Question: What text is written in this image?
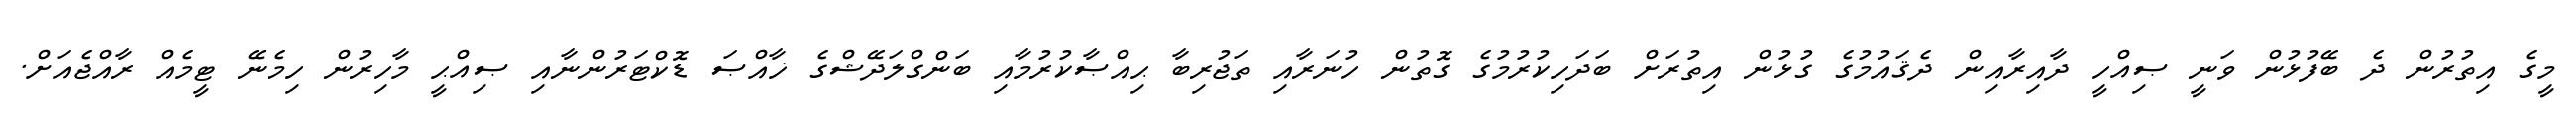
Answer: މީގެ އިތުރުން ދެ ބޭފުޅުން ވަނީ ޞިއްހީ ދާއިރާއިން ދެޤައުމުގެ ގުޅުން އިތުރަށް ބަދަހިކުރުމުގެ ގޮތުން ހުނަރާއި ތަޖުރިބާ ޙިއްޞާކުރުމާއި ބަންގްލަދޭޝްގެ ޚާއްޞަ ޑޮކްޓަރުންނާއި ޞިއްޙީ މާހިރުން ހިމެނޭ ޓީމެއް ރާއްޖެއަށް.